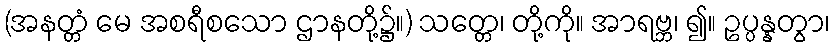
(အနတ္တံ မေ အစရီစသော ဌာနတို့၌။) သတ္တေ၊ တို့ကို။ အာရဗ္ဘ၊ ၍။ ဥပ္ပန္နတွာ၊